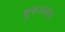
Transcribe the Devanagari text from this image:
शुरूअआत